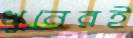
খুনেরই